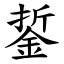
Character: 銴